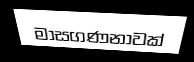
මාසගණනාවක්